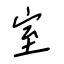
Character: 室